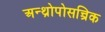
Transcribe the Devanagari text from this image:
अन्थ्रोपोसन्त्रिक